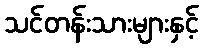
သင်တန်းသားများနှင့်